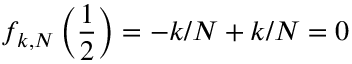
f _ { k , N } \left( \frac { 1 } { 2 } \right) = - k / N + k / N = 0